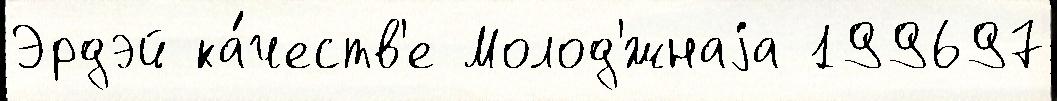
Эрдэй ка́честв'е Молод'́жнаjа 199697